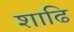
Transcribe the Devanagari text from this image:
शाढि